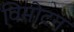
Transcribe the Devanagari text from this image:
विमोटन